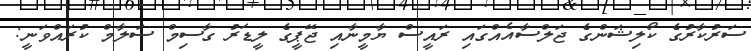
ސަރުކާރުގެ ކޯލިޝަންގެ ޖަލްސާއެއްގައި ރައީސް ޔާމީނާއި ޖޭޕީގެ ލީޑަރު ގާސިމް ސަލާމް ކުރައްވަނީ: